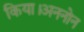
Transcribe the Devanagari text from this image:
किया।अननोन